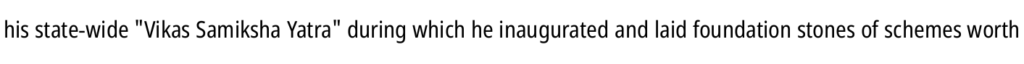
his state-wide "Vikas Samiksha Yatra" during which he inaugurated and laid foundation stones of schemes worth